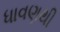
ધાવણથી